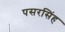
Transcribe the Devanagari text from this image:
पसरसिंह